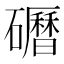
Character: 𱵃